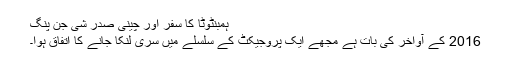
ہمبنٹوٹا کا سفر اور چینی صدر شی جن پنگ
2016 کے آواخر کی بات ہے مجھے ایک پروجیکٹ کے سلسلے میں سری لنکا جانے کا اتفاق ہوا۔